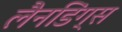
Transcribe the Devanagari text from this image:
लैनडिंग्स